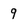
Character: 9